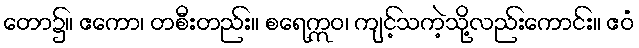
တော၌။ ဧကော၊ တစီးတည်း။ စရေဣဝ၊ ကျင့်သကဲ့သို့လည်းကောင်း။ ဧဝံ